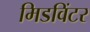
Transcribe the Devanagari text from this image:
मिडविंटर